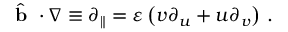
\hat { \textbf { b } } \cdot \nabla \equiv \partial _ { \parallel } = \varepsilon \left( v \partial _ { u } + u \partial _ { v } \right) \, .